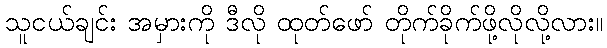
သူငယ်ချင်း အမှားကို ဒီလို ထုတ်ဖော် တိုက်ခိုက်ဖို့လိုလို့လား။